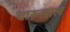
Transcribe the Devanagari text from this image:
चारूलाल